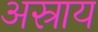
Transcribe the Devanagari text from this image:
अस्राय